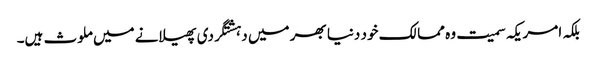
بلکہ امریکہ سمیت وہ ممالک خود دنیا بھر میں دہشتگردی پھیلانے میں ملوث ہیں۔